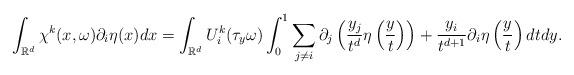
LaTeX: \begin{align*}\int _{\mathbb{R}^d}\chi ^k (x,\omega)\partial _i \eta (x)dx =\int _{\mathbb{R}^d}U_i^k(\tau_y \omega)\int _0^1 \sum _{j\neq i}\partial _j\left (\frac{y_j}{t^d}\eta \left (\frac{y}{t} \right) \right) + \frac{y_i}{t^{d+1}}\partial _i \eta \left ( \frac{y}{t} \right) dtdy .\end{align*}